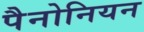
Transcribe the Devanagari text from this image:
पैनोनियन